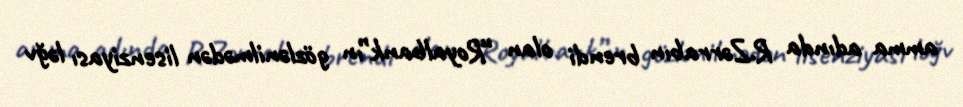
amma adında R.Zərrabın brendi olan “Royalbank”ın gözlənilmədən lisenziyası ləğv